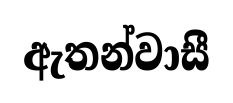
ඇතන්වාසී